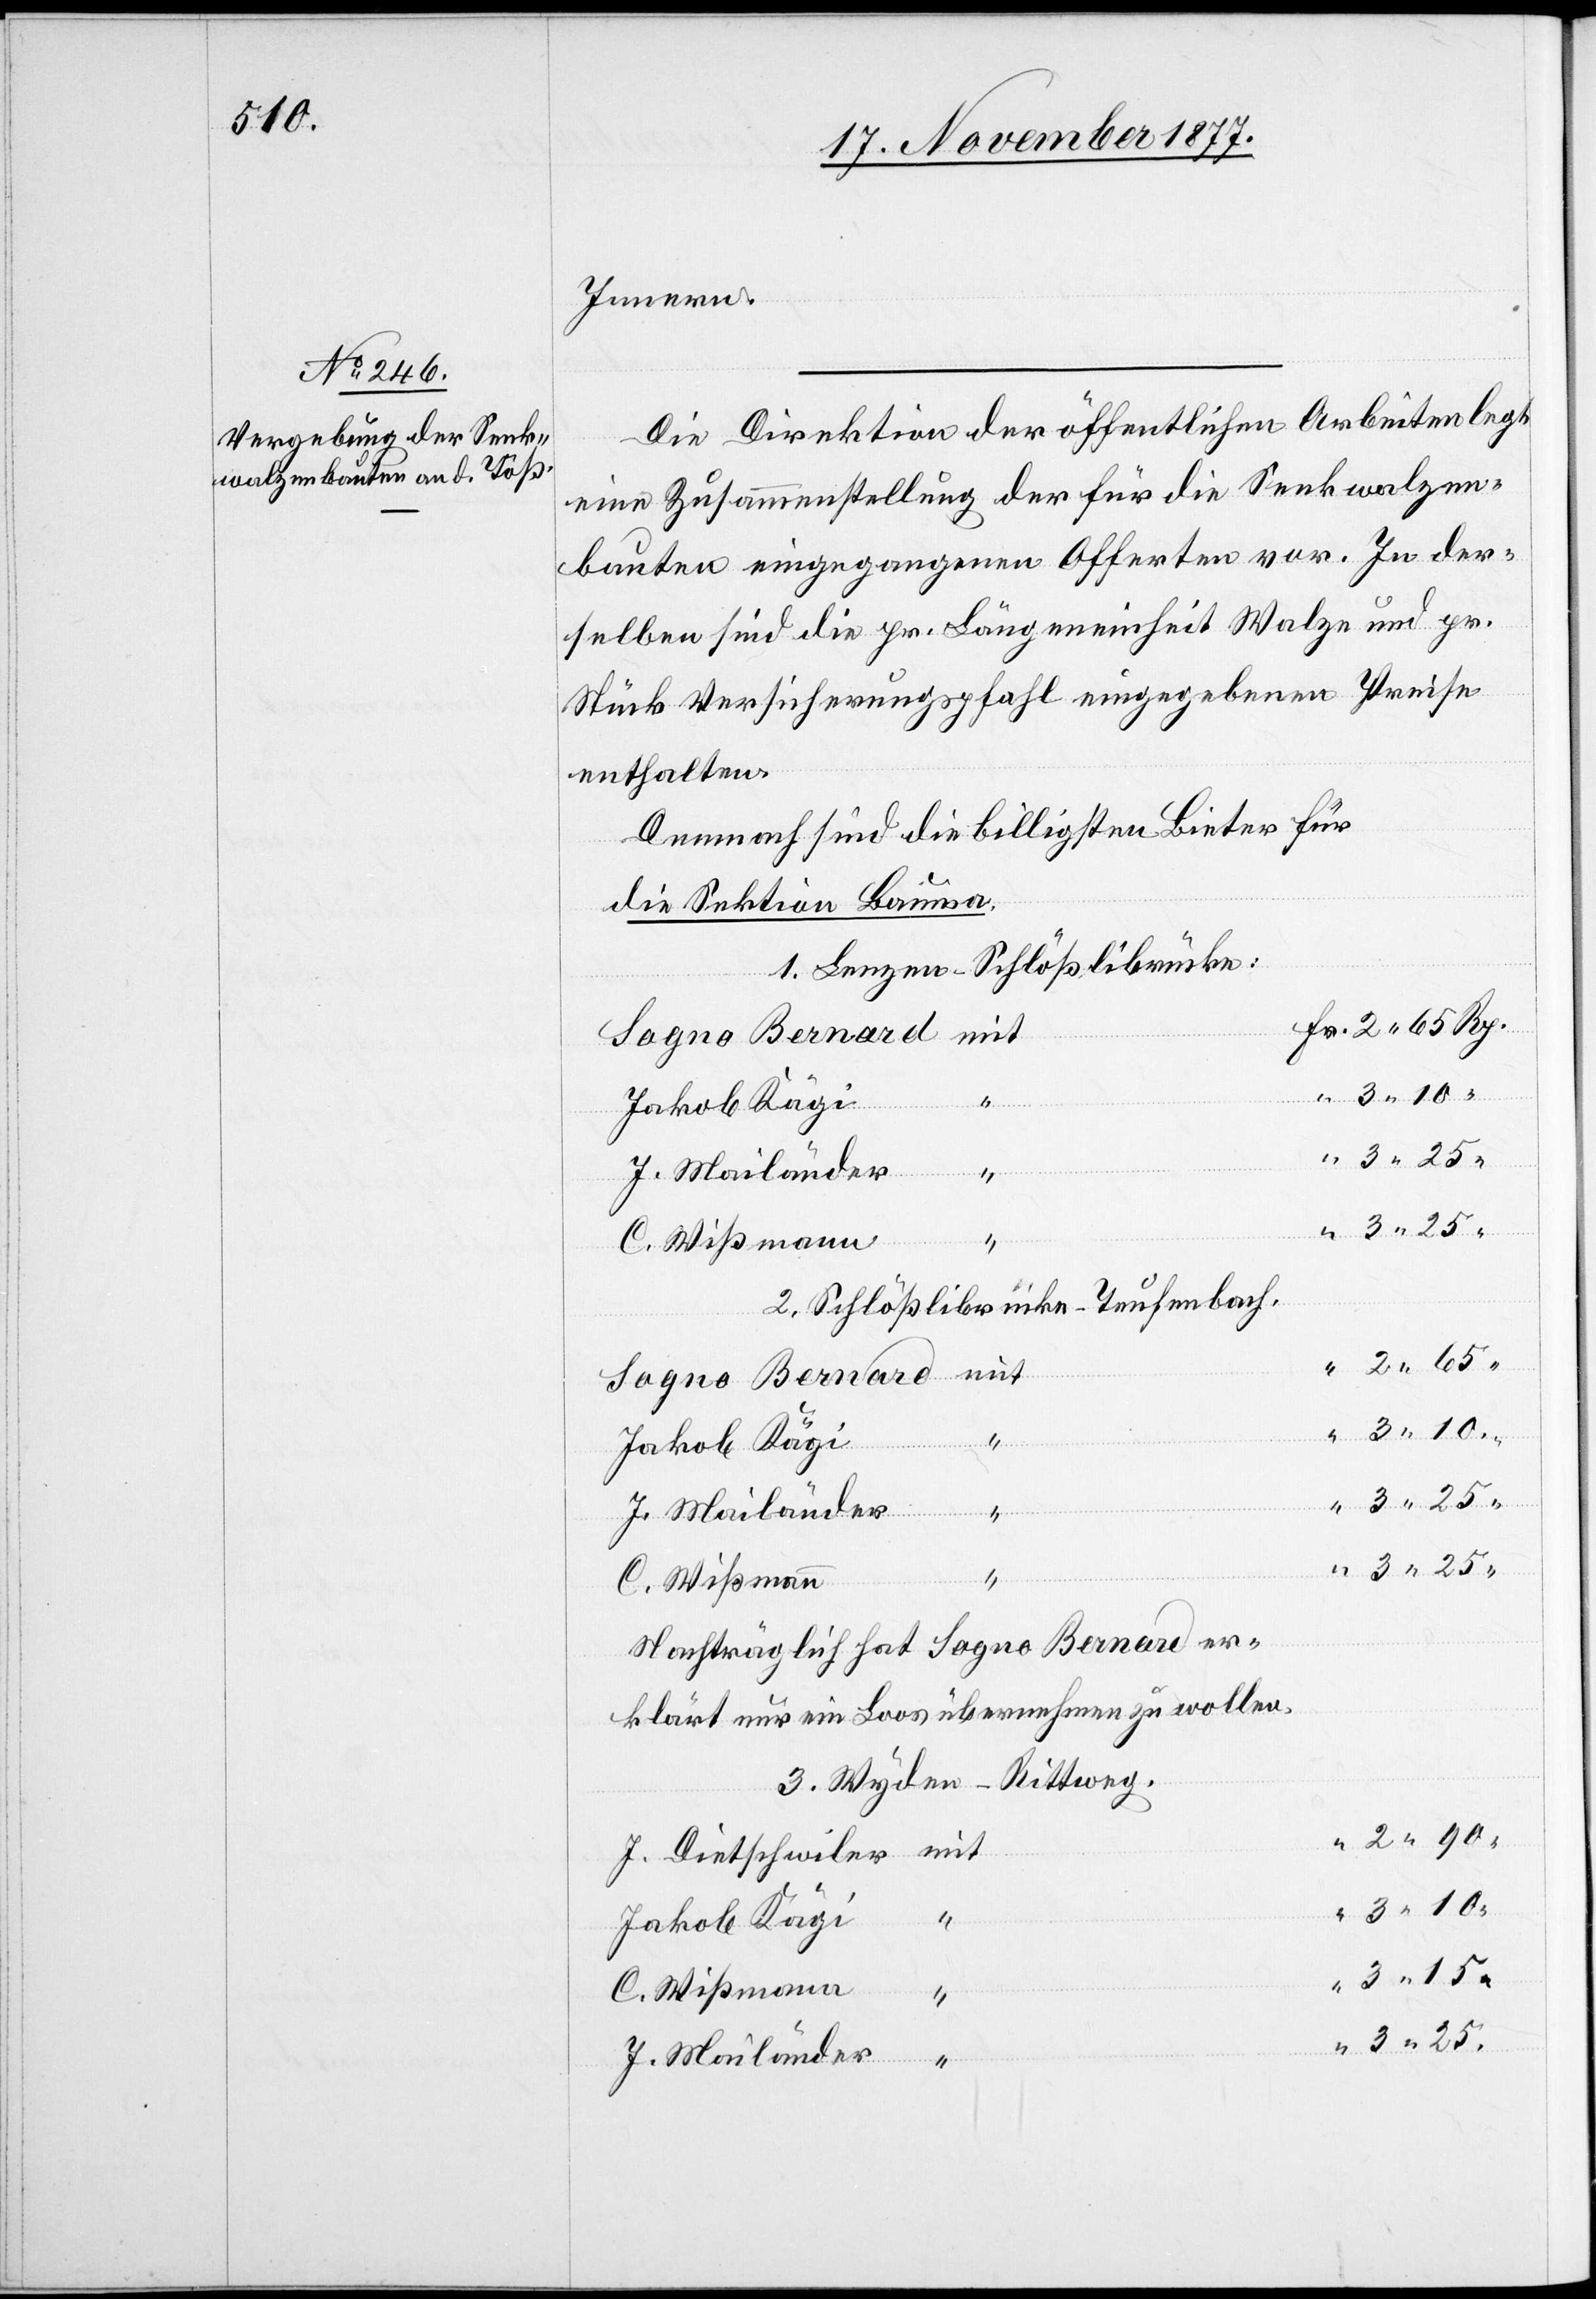
Innern.
Die Direktion der öffentlichen Arbeiten legt
eine Zusammenstellung der für die Senkwalzen¬
bauten eingegangenen Offerten vor. In der¬
selben sind die pr. Längeneinheit Walze und pr.
Stück Versicherungspfahl eingegebenen Preise
enthalten.
Demnach sind die billigsten Bieter für
die Sektion Bauma.
1. Lenzen–Schlößlibrücke:
Fr. 2 65 Rp.
2. Schlößlibrücke–Teufenbach.
2 65
Sogno Bernard
3 25.
Nachträglich hat Sogno Bernard er¬
klärt nur ein Loos übernehmen zu wollen.
3. Wyden–Rittweg.
2 90
J. Dietschwiler
Jakob Kägi
3 15
C. Wißmann
J. Mailänder